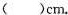
()cm$$.